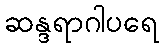
ဆန္ဒရာဂါပရေ